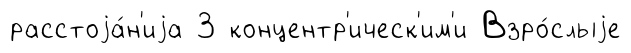
расстоjа́н'иjа 3 концентр'ическ'им'и Взро́слыjе